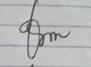
Signature authenticity: genuine